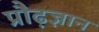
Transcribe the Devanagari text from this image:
प्रौढ़ज्ञान